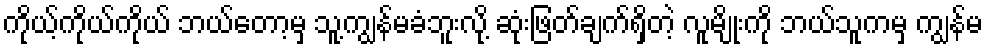
ကိုယ့်ကိုယ်ကိုယ် ဘယ်တော့မှ သူ့ကျွန်မခံဘူးလို့ ဆုံးဖြတ်ချက်ရှိတဲ့ လူမျိုးကို ဘယ်သူကမှ ကျွန်မ